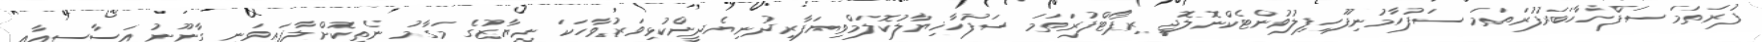
ފުރަތަމަ ސަފްހާހަބަރުފުރަތަމަ ސަފުހާމުނިފޫހިފިލުވުންޓެކްނޮލޮޖީ ރިޕޯޓްފުރަތަމަ ސަފުހާޚިޔާލުކޮލަމްވިޔަފާރިދުނިޔެދީންކުޅިވަރުވާހަކަ ނިޔާޒުގެ މަގާމު ނެތިކޮށްލާފައިވަނީ ގާނޫނު އަސާސީއާއި